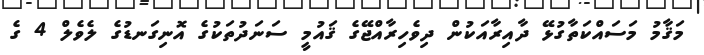
މަޤާމު މަސައްކަތާގުޅޭ ދާއިރާއަކުން ދިވެހިރާއްޖޭގެ ޤައުމީ ސަނަދުތަކުގެ އޮނިގަނޑުގެ ލެވެލް 4 ގެ